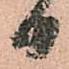
日